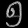
Digit: ၅